Report on the treatment of epidemic cholera: from information collected by the governments of Bengal, Madras, Bombay, N.W. Provinces, Punjab, Oudh, and Central India, by order of the Government of India
Disease focus: Cholera
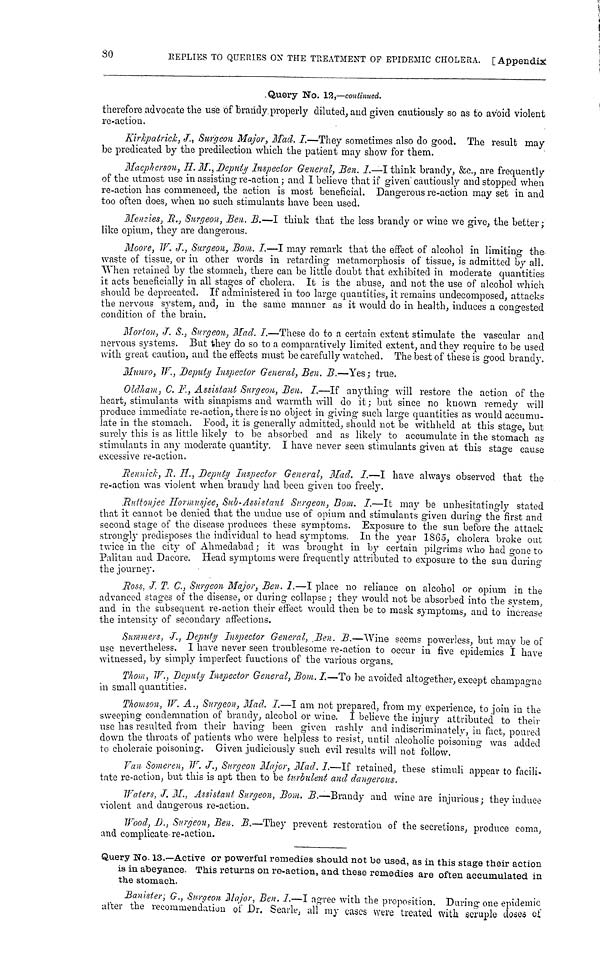
30
REPLIES TO QUERIES ON THE TREATMENT OF EPIDEMIC CHOLERA. [Appendix
Query No. 12,—continued.
therefore advocate the use of brandy properly diluted, and given cautiously so as to avoid violent
re-action.
Kirkpatrick, J., Surgeon Major, Mad. I.—They sometimes also do good. The result may
be predicated by the predilection which the patient may show for them.
Macpherson, H. M., Deputy Inspector General, Ben. I.—I think brandy, &c., are frequently
of the utmost use in assisting- re-action ; and I believe that if given cautiously and stopped when
re-action has commenced, the action is most beneficial. Dangerous re-action may set in and
too often does, when no such stimulants have been used.
Menzies, R., Surgeon, Ben. B.—I think that the less brandy or wine we give, the better;
like opium, they are dangerous.
Moore, W. J., Surgeon, Bom. I.—I may remark that the effect of alcohol in limiting the
waste of tissue, or in other words in retarding metamorphosis of tissue, is admitted by all.
When retained by the stomach, there can be little doubt that exhibited in moderate quantities
it acts beneficially in all stages of cholera. It is the abuse, and not the use of alcohol which
should be deprecated. If administered in too large quantities, it remains undecomposed, attacks
the nervous system, and, in the same manner as it would do in health, induces a congested
condition of the brain.
Norton, J. S., Surgeon, Mad. I.—These do to a certain extent stimulate the vascular and
nervous systems. But they do so to a comparatively limited extent, and they require to be used
with great caution, and the effects must be carefully watched. The best of these is good brandy.
Munro, W., Deputy Inspector General, Ben. B.—Yes; true.
Oldham, C. F., Assistant Surgeon, Ben. I.—If anything will restore the action of the
heart, stimulants with sinapisms and warmth will do it; but since no known remedy will
produce immediate re-action, there is no object in giving' such large quantities as would accumu-
late in the stomach. Food, it is generally admitted, should not be withheld at this stage, but
surely this is as little likely to be absorbed and as likely to accumulate in the stomach as
stimulants in any moderate quantity. I have never seen stimulants given at this stage cause
excessive re-action.
Rennik, R. H., Deputy Inspector General, Mad. I.—I have always observed that the
re-action was violent when brandy had been given too freely.
Ruttonjee Hormusjee, Sub-Assistant Surgeon, Bom. I.—It may be unhesitatingly stated
that it cannot be denied that the undue use of opium and stimulants given during the first and
second stage of the disease produces these symptoms. Exposure to the sun before the attack
strongly predisposes the individual to head symptoms. In the year 1865, cholera broke out
twice in the city of Ahmedabad; it was brought in by certain pilgrims who had gone to
Palitan and Dacore. Head symptoms were frequently attributed to exposure to the sun during
the journey.
Ross, J. T. C., Surgeon Major, Ben. I.—I place no reliance on alcohol or opium in the
advanced stages of the disease, or during collapse ; they would not be absorbed into the system,
and in the subsequent re-action their effect would then be to mask symptoms, and to increase
the intensity of secondary affections.
Summers, J., Deputy Inspector General, Ben. B.—Wine seems powerless, but may be of
use nevertheless. I have never seen troublesome re-action to occur in five epidemics I have
witnessed, by simply imperfect functions of the various organs.
Thom, W., Deputy Inspector General, Bom. I.—To be avoided altogether, except champagne
in small quantities.
Thomson, W. A., Surgeon, Mad. I.—I am not prepared, from my experience, to join in the
sweeping condemnation of brandy, alcohol or wine. I believe the injury attributed to their
use has resulted from their having been given rashly and indiscriminately, in fact, poured
down the throats of patients who were helpless to resist, until alcoholic poisoning was added
to choleraic poisoning. Given judiciously such evil results will not follow.
Van Someren, W. J., Surgeon Major, Mad. I.—If retained, these stimuli appear to facili-
tate re-action, but this is apt then to be turbulent and dangerous.
Waters, J. M., Assistant Surgeon, Bom. B.—Brandy and wine are injurious; they induce
violent and dangerous re-action.
Wood, D., Surgeon, Ben. B.—They prevent restoration of the secretions, produce coma,
and complicate re-action.
Query No. 13.—Active or powerful remedies should not be used, as in this stage their action
is in abeyance. This returns on re-action, and these remedies are often accumulated in
the stomach.
Banister; G., Surgeon Major, Ben. I.—I agree with the proposition. During one epidemic
after the recommendation of Dr. Searle, all my cases were treated with scruple doses of